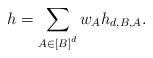
LaTeX: \begin{align*} h &= \sum_{A \in \left[B\right]^{ d}} w_A h_{d,B,A}. \end{align*}